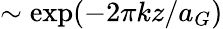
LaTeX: \sim\exp(-2\pi kz/a_{G})